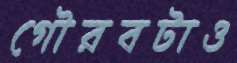
গৌরবটাও